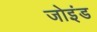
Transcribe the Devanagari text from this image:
जोइंड